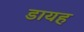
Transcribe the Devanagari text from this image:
डायह